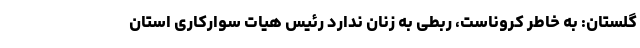
گلستان: به خاطر کروناست، ربطی به زنان ندارد رئیس هیات سوارکاری استان